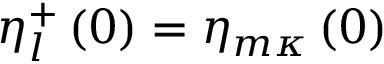
\eta _ { l } ^ { + } \left( 0 \right) = \eta _ { m \kappa } \left( 0 \right)